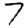
Digit: 7